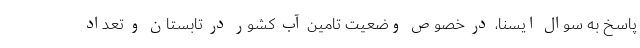
پاسخ به سوال ایسنا، در خصوص وضعیت تامین آب کشور در تابستان و تعداد